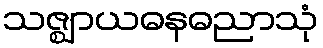
သဇ္ဈာယဓနဓညာသုံ